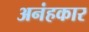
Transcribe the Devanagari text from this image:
अनंहकार